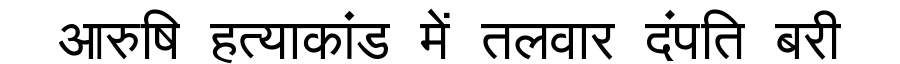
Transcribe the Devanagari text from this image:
आरुषि हत्याकांड में तलवार दंपति बरी